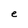
Character: e